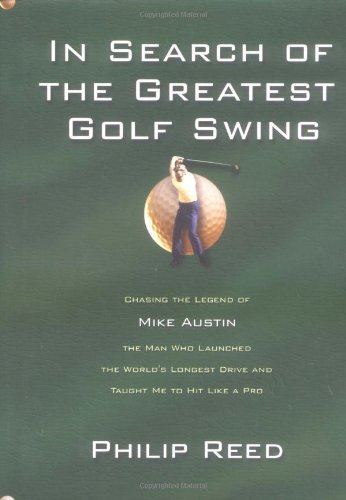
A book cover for In Search of the Greatest Golf Swing: Chasing the Legend of Mike Austin, the Man Who Launched the World's Longest Drive and Taught Me to Hit Like a Pro; Philip Reed; Biographies & Memoirs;